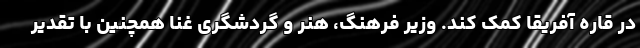
در قاره آفریقا کمک کند. وزیر فرهنگ، هنر و گردشگری غنا همچنین با تقدیر